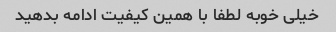
خیلی خوبه لطفا با همین کیفیت ادامه بدهید